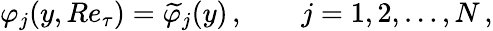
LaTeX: \varphi_{j}(y,Re_{\tau})=\widetilde{\varphi}_{j}(y)\, ,\qquad j=1,2,\ldots,N\, ,